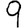
Digit: 9